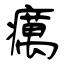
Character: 癘